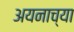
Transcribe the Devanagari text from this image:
अयनाच्या